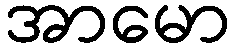
အာမော